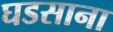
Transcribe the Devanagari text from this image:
घडसाना